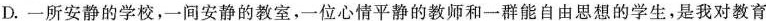
D.一所安静的学校，一间安静的教室，-位心情平静的教师和一群能自由思想的学生，是我对教育